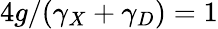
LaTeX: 4g/(\gamma_{X}+\gamma_{D})=1